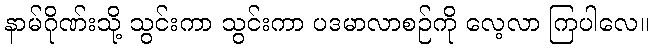
နာမ်ဂိုဏ်းသို့ သွင်းကာ သွင်းကာ ပဒမာလာစဉ်ကို လေ့လာ ကြပါလေ။